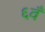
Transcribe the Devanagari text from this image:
६वँ